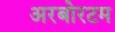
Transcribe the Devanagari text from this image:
अरबोरटम